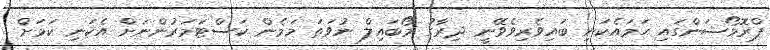
ޕްރޮމޯޝަންގައި ހަމައެކަނި ބައިވެރިވެވޭނީ ދިރާގު މޯބައިލް ނުވަތަ މަމެން ކަސްޓަމަރުންނަށް އެކަނި ކަމަށް